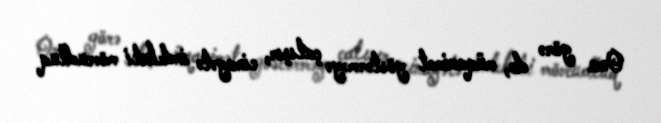
Ona görə də, müqavimət göstərməyə çalışır, cinayətə indeksli mövcudluq